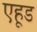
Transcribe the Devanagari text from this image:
एहूड